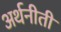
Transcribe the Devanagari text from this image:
अर्थनीती